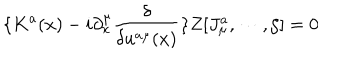
LaTeX: \{ K ^ { a } ( x ) - i \partial _ { x } ^ { \mu } \frac \delta { \delta u ^ { a \mu } ( x ) } \} Z [ J _ { \mu } ^ { a } , \cdots , \zeta ] = 0